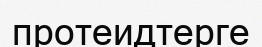
протеидтерге